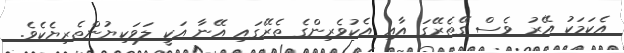
އެކަމަކު އޭރު ވެސް ގޭތެރޭގަ އާއި އެކުވެރިންގެ ތެރޭގައި އޭނާ އަކީ ލަވަކިޔުންތެރިޔެކެވެ.